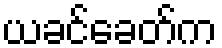
ယခင်ခေတ်က